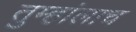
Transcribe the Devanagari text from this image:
तुम्हांलाच